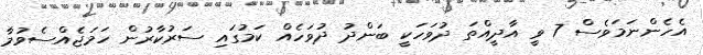
އެހެންނަމަވެސް 7 ވީ އާދީއްތަ ދުވަހަކީ ބަންދު ދުވަހެއް ކަމުގައި ސަރުކާރުން ހަމަޖެއްސެވުމާ